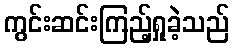
ကွင်းဆင်းကြည့်ရှုခဲ့သည်